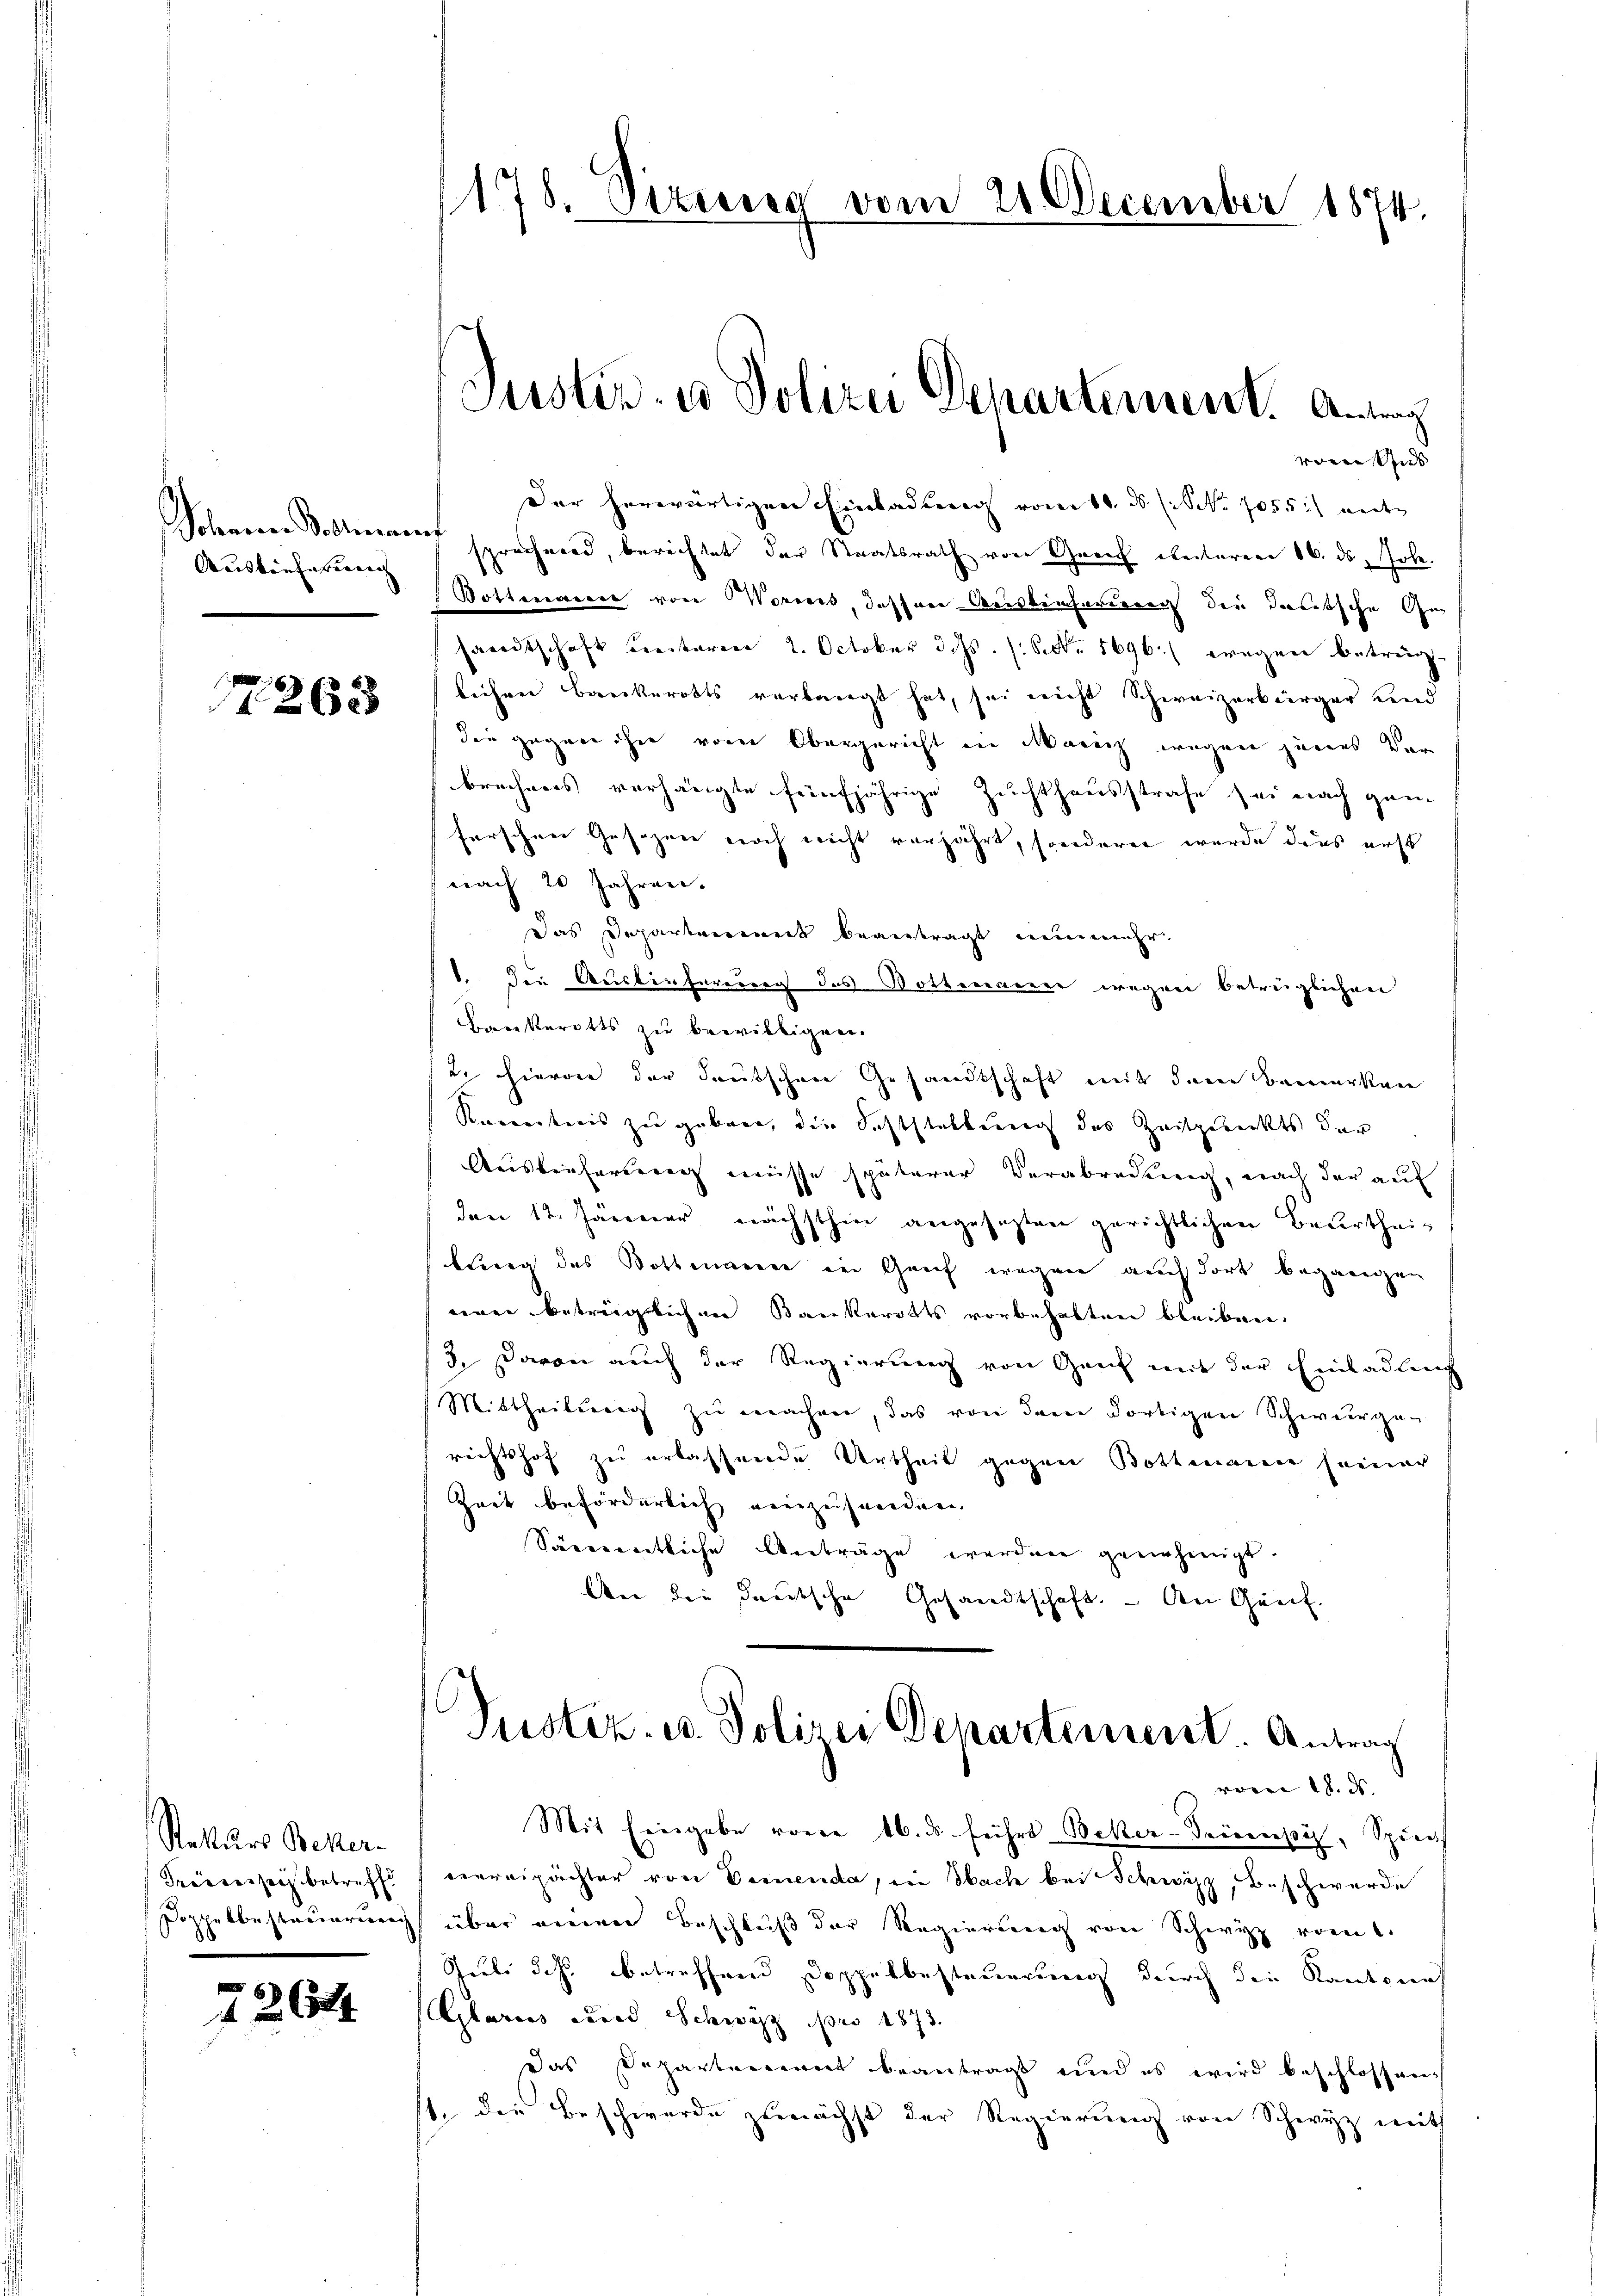
Auskaufe bereich |

263

Retturs Beker-
Friederseit betreff
Doppelbestruierung

2644

178. Sizung vom 21. December 1874.

vor uns
Der herwärtigen Einladung vom 14. ds (S. 7055) ander
Sohannen Sollerauf sprechend, berichtet der Staatsrath von Greif unteren 16. ds, Joh.
Botteraien von Worms, dassen Ausbeuchareren den deutsche Ge
sandtschaft weiteren 2. October das. (S. 5696.) wegen betreng.
lichen Bankerotts verlangt hat, sei nicht Schweizerbürger und
die gegen ihn vom Obergericht in Maricz wegen jenes Ver
brechens verhängte fünfjährige Zuchthausstrafe sei nach ganz
ferschen Gesezen noch nicht verjährt, sondern wurde dies erst
nach 20 Jahren.
Das Departenmerk beantragt nunmehr
1. Die Auslieferung des Bothemanner wegen betreiglichen
Bankerotts zu bewilligen.
2. Hievon der deutschen Gesandtschaft mit dem Bemerken
Roenntnis zu geben, die Sichtstaltung des Zeitgereckts der
Auslieferen müsse späterer Verabredung, nach der auf
den 12. Jänner nächsthin angesetzten gerichtlichen Beurtheibling des Bothmanne in Greif wegen auch dort begangen
nen beträglichen Bankerotts vorbehalten bleiben,
3. Davon auch der Regierung von Genf mit der Einladung
Mittheilung zu machen, das von dem dortigen Schwurge-
richtshof zu erlassende Urtheil gegen Bothenaren seiner
Zeit beförderlich einzusenden,
Sämentliche Anträge werden genehmigt.
An die deutsche Gesandtschaft. – An Genf.

Justiz- u Polizei Departement. Antrag

Justiz- u. Polizei Departement. Antrag

voren 18. ds.
Mit Eingabe von 16. ds. führt Beker-Trienpis, Spürich
verreipächter von Deinenda, in Obach bei Schwyz, Beschwerde
über einen Beschluß der Regierung von Schwyz vom 1.
Siebe des betreffend Doppelbesteuerung durch die Kantonal
Glarus curad Schwyz pro 1873.
Das Departement beantragt und es wird beschlossen,
st. die Beschwerde zunächst der Regierung von Schwyz mit